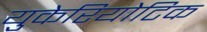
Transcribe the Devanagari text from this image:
युकेरियोटिक